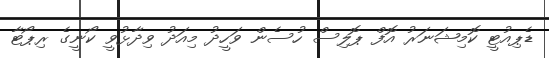
ޑެޕިއުޓީ ކޮމިޝަނަރު އޮފް ޕޮލިސް ހުސެން ވަހީދު މިއަދު ވިދާޅުވީ ކޯނީގެ ރިޕޯޓާ